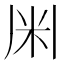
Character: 𫂱